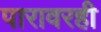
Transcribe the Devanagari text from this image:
पारावरही